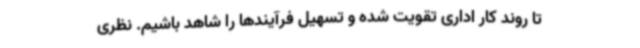
تا روند کار اداری تقویت شده و تسهیل فرآیندها را شاهد باشیم. نظری